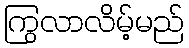
ကြွလာလိမ့်မည်